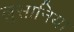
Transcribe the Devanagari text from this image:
लुसानिया